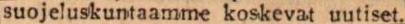
suojeluskuntaamme koskevat uutiset.